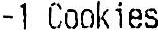
-1 COOKIES